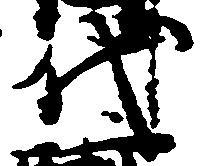
代